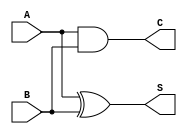
module threshold_half_adder (
    input wire A,  // First single-bit input
    input wire B,  // Second single-bit input
    output wire S, // Sum output
    output wire C  // Carry output
);

// Sum output using XOR (Threshold logic for odd count)
assign S = A ^ B; // S = A XOR B

// Carry output using AND (Threshold logic for equal to 2)
assign C = A & B; // C = A AND B

endmodule